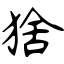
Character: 猞